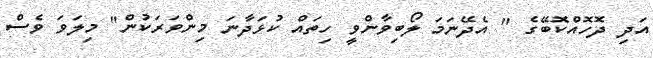
އަދި ދޮހޮއްކޮބޭގެ " އެދޭނަމަ ލޯބިވާންވީ ހިތައް ކުޅަދާނަ މިންވަރަކުން" މިލަވަ ވެސް